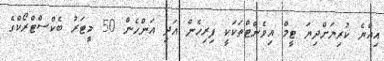
އިއްޔެ ކުރިޔަށްދިޔަ ޓީމް އިވެންޓްތަކަކީ ފިރިހެން އަދި އަންހެން 50 މީޓަރު ބެކްސްޓްރޯކްގެ